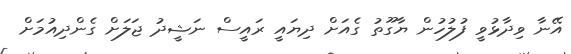
އޭނާ ވިދާޅުވީ ފުލުހުން ޔާގޫތު ގެއަށް ދިޔައީ ރައީސް ނަޝީދު ޖަލަށް ގެންދިއުމަށް